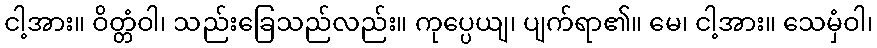
ငါ့အား။ ဝိတ္တံဝါ၊ သည်းခြေသည်လည်း။ ကုပ္ပေယျ၊ ပျက်ရာ၏။ မေ၊ ငါ့အား။ သေမှံဝါ၊